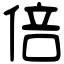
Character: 倍